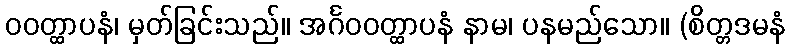
ဝဝတ္ထာပနံ၊ မှတ်ခြင်းသည်။ အင်္ဂဝဝတ္ထာပနံ နာမ၊ ပနမည်သော။ (စိတ္တဒမနံ